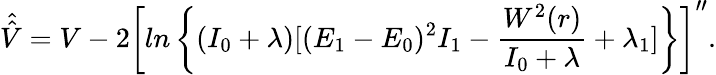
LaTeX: \hat{\hat{V}}=V-2\left[ln\left\{ (I_{0}+\lambda){[(E_{1}-E_{0})^{2}I_{1}-\frac{W^{2}(r)}{I_{0}+\lambda}+\lambda_{1}]}\right\} \right]^{\prime\prime}.